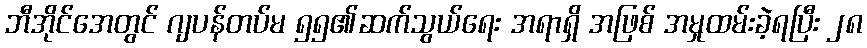
ဘီအိုင်အေတွင် ဂျပန်တပ်မ ၅၅၏ဆက်သွယ်ရေး အရာရှိ အဖြစ် အမှုထမ်းခဲ့ရပြီး ၂၈